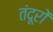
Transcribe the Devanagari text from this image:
तंदूरों